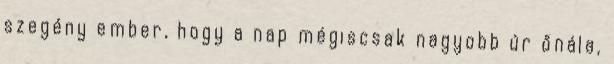
szegény ember, hogy a nap mégiscsak nagyobb úr őnála,